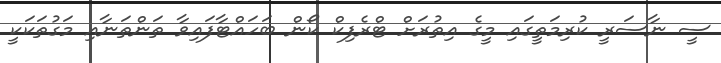
ސީ ނާސަރީ ކުރިމަތީގައި މީގެ އިތުރަށް ޓްރެފިކް ކޯން ބަހައްޓާފައިވާ ތަންތަނާއި މަގުތަކަކީ